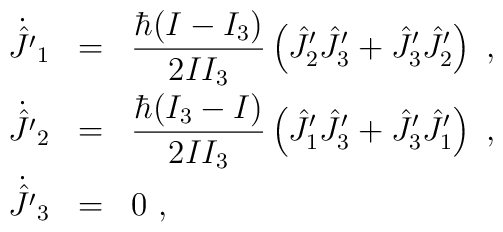
\begin{array}{rcl}\dot{\hat{J}^\prime}_1&=&\displaystyle\frac{\hbar(I-I_3)}{2II_3}                 \left(\hat{J}^\prime_2\hat{J}^\prime_3+\hat{J}^\prime_3                 \hat{J}^\prime_2\right)~,\\[3mm]\dot{\hat{J}^\prime}_2&=&\displaystyle\frac{\hbar(I_3-I)}{2II_3}                 \left(\hat{J}^\prime_1\hat{J}_3^\prime+\hat{J}^\prime_3                 \hat{J}^\prime_1\right)~,\\[3mm]\dot{\hat{J}^\prime}_3&=&0~,\end{array}